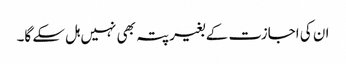
ان کی اجازت کے بغیر پتہ بھی نہیں ہل سکے گا۔